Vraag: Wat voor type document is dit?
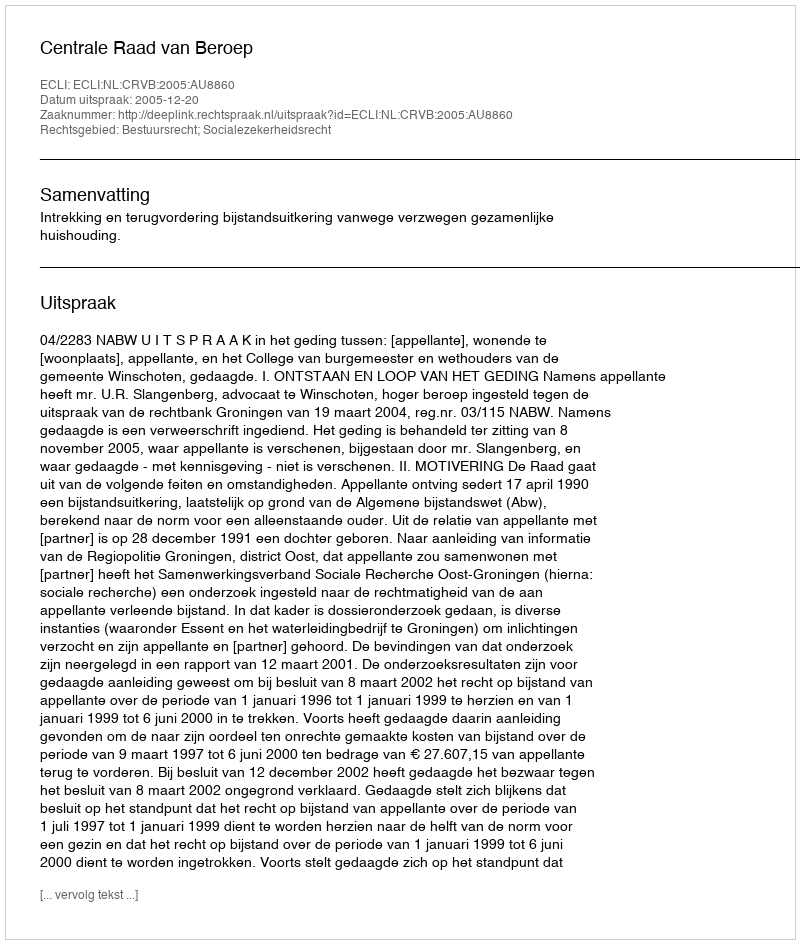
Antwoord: Uitspraak